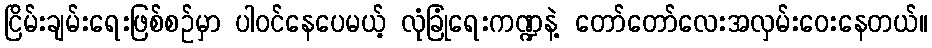
ငြိမ်းချမ်းရေးဖြစ်စဉ်မှာ ပါဝင်နေပေမယ့် လုံခြုံရေးကဏ္ဍနဲ့ တော်တော်လေးအလှမ်းဝေးနေတယ်။